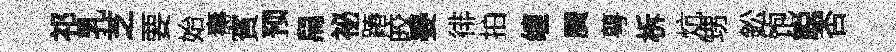
祁乳芝要始壽賓预舄祕蹖皎晏徘拍缠贋萼柝炕甥鈆饱聪否